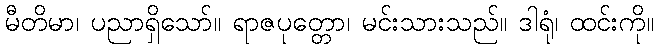
မီတိမာ၊ ပညာရှိသော်။ ရာဇပုတ္တော၊ မင်းသားသည်။ ဒါရုံ၊ ထင်းကို။